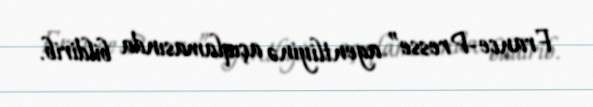
France-Presse” agentliyinə açıqlamasında bildirib.